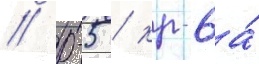
/ р-5 / кр-6а́